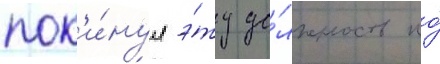
пок'и́нул э́ту до́лжность по́